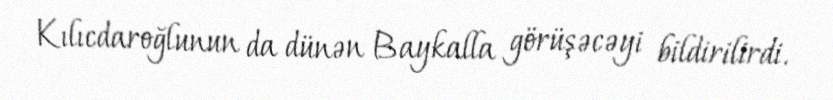
Kılıcdaroğlunun da dünən Baykalla görüşəcəyi bildirilirdi.